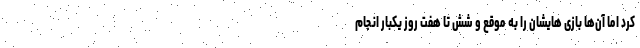
کرد اما آن‌ها بازی هایشان را به موقع و شش تا هفت روز یکبار انجام